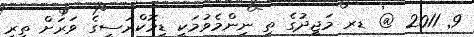
9